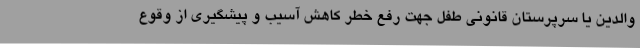
والدین یا سرپرستان قانونی طفل جهت رفع خطر کاهش آسیب و پیشگیری از وقوع